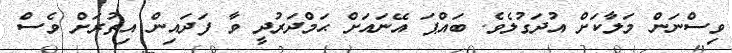
ވިސްނަން މަލާކަށް އުދަގުލެވެ. ބައްޕަ އޭނައަށް ޙަމްދަރުދީ ވާ ފަދައިން އިތުރަށް ވެސް